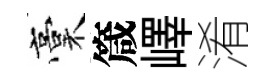
稾箴嶧淆